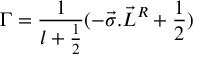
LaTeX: { \Gamma } = \frac { 1 } { l + \frac { 1 } { 2 } } ( - { \vec { \sigma } . { \vec { L } } ^ { R } } + \frac { 1 } { 2 } )